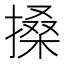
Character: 搡